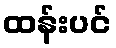
ထန်းပင်